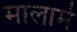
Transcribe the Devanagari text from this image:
मालार्मे